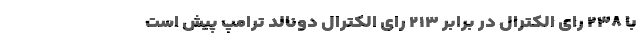
با ۲۳۸ رای الکترال در برابر ۲۱۳ رای الکترال دونالد ترامپ پیش است